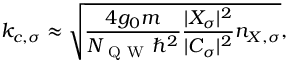
k _ { c , \sigma } \approx \sqrt { \frac { 4 g _ { 0 } m } { N _ { \mathrm { ~ Q ~ W ~ } } \hbar ^ { 2 } } \frac { | X _ { \sigma } | ^ { 2 } } { | C _ { \sigma } | ^ { 2 } } n _ { X , \sigma } } ,